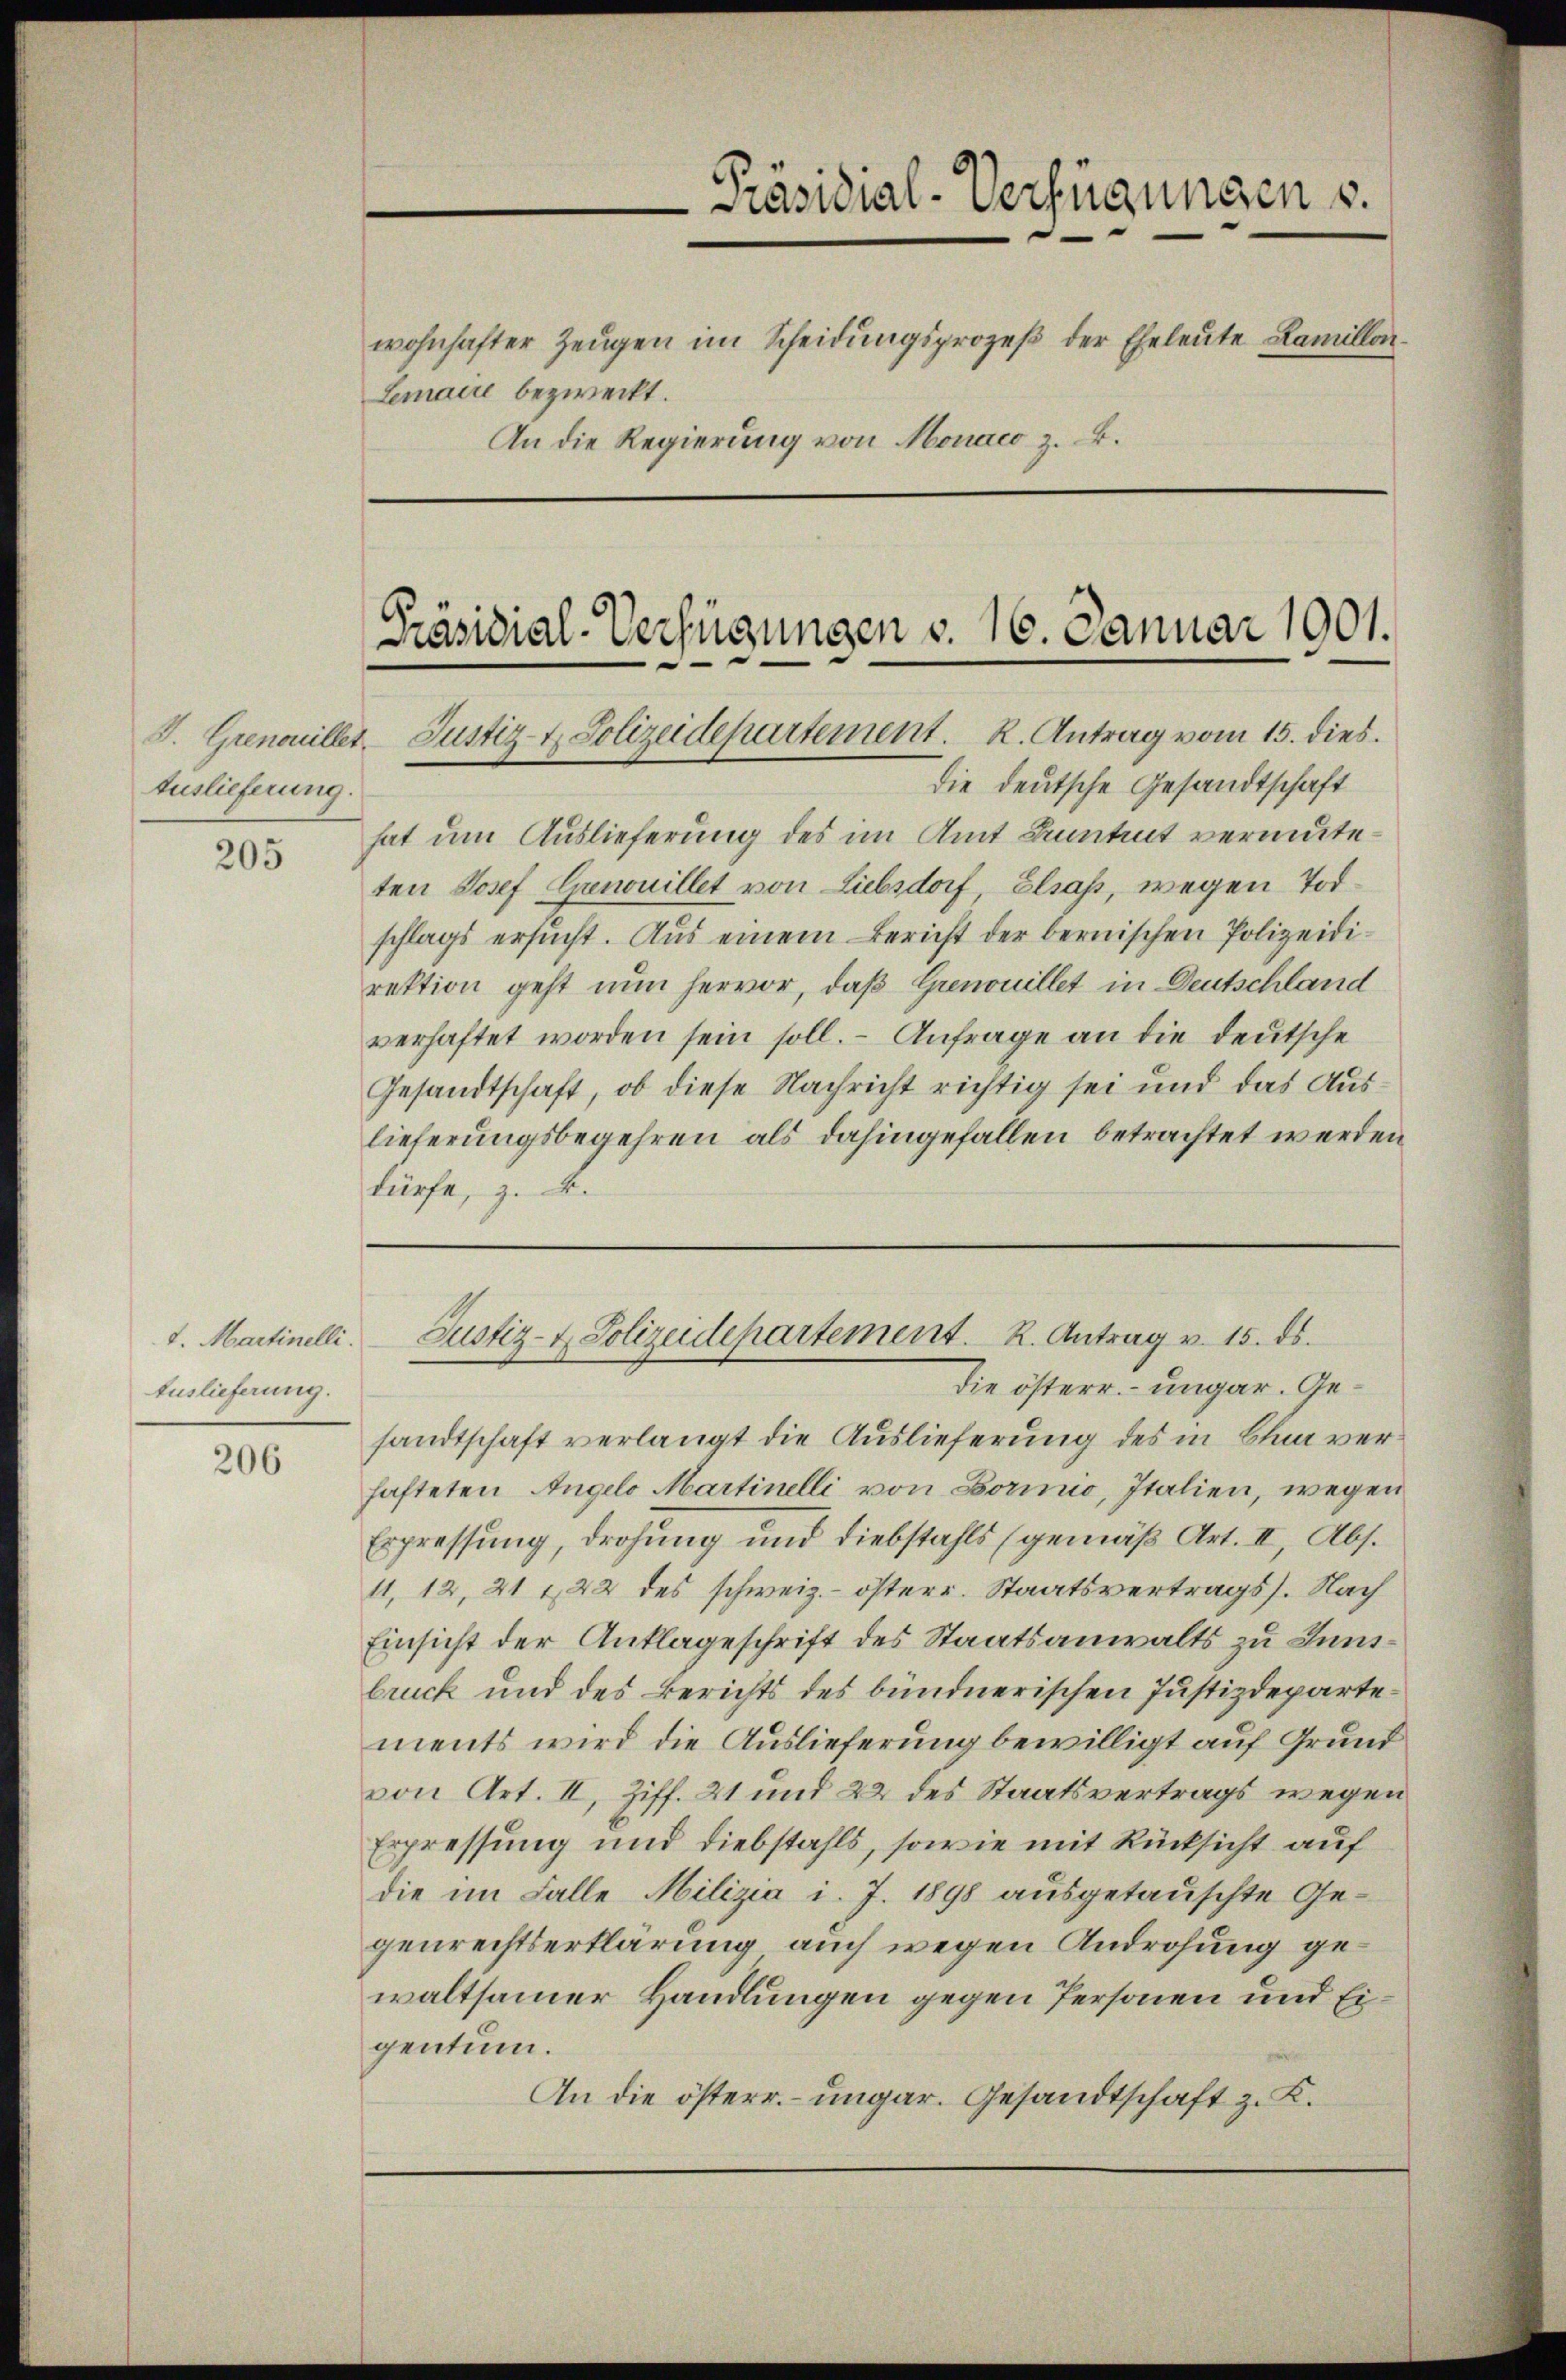
Auslieferung.

205

1. Martinelli.
Auslieferung.

206

Lemaire bezweckt.

die deutsche Gesandtschaft
hat um Auslieferung des im Amt Bentent vermuteten Josef Genouillet von Liebsdorf, Elsass, wegen Todschlags ersucht. Aus einem Bericht der bernischen Polizeidirektion geht nun hervor, daß Grenouillet in Deutschland
verhaftet worden sein soll. - Anfrage an die deutsche
Gesandtschaft, ob diese Nachricht richtig sei und das Auslieferungsbegehren als dahingefallen betrachtet werden
dürfe, z. B.

Präsidial-Verfügungen v. 16. Januar 1901.
J. Grenonillet, Justiz- & Polizeidepartement. K. Antrag vom 15. dies

Präsidial-Verfügungen u.
wohnhafter Zeugen im Scheidungsprozeß der Eheleute Famillen.
An die Regierung von Monaco z. B.

die österr. – ungar. Gesandtschaft verlangt die Auslieferung des in Chun verhafteten Angelo Martinelli von Bormnio, Italien, wegen
Erpressung, drohung und Diebstahls (gemäß Art. II, Abs.
11, 12, 21 f 22 des schweiz.- österr. Staatsvertrags). Nach
Einsicht der Anklageschrift des Staatsanwalts zu Innsbruck und des Berichts des bündnerischen Justizdepartements wird die Auslieferung bewilligt auf Grund
von Art. II, Ziff. 21 und 22 des Staatsvertrags wegen
Erpressung und Diebstahls, sowie mit Rücksicht auf
die im Falle Milizia i. J. 1898 ausgetauschte Gegenrechtserklärung auch wegen Androhung gewaltsamer Handlungen gegen Personen und Eigentum.
An die österr. – ungar. Gesandtschaft z. K.

Justiz- & Polizeidepartement. K. Antrag v. 15. ds.